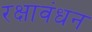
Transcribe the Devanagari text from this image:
रक्षावंधन